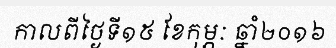
កាលពីថ្ងៃទី១៥ ខែកុម្ភៈ ឆ្នាំ២០១៦